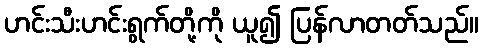
ဟင်းသီးဟင်းရွက်တို့ကို ယူ၍ ပြန်လာတတ်သည်။